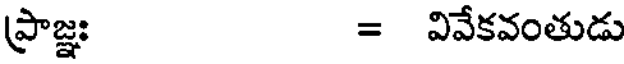
ప్రాజ్ఞః = వివేకవంతుడు